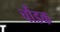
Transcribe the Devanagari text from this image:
चौंडक